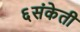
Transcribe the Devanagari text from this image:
६संकेती